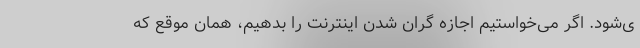
ی‌شود. اگر می‌خواستیم اجازه گران شدن اینترنت را بدهیم، همان موقع که